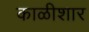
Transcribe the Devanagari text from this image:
काळीशार